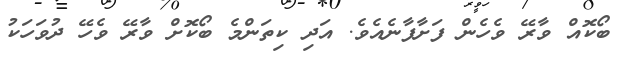
ބޯކޮއް ވާރޭ ވެހެން ފަށާފާނެއެވެ. އަދި ކިތަންމެ ބޯކޮށް ވާރޭ ވެހޭ ދުވަހަކު